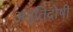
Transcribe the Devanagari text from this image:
अपूतिदोषी